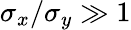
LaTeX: \sigma_{x}/\sigma_{y}\gg 1